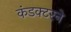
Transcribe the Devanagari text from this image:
कंडक्टरने